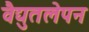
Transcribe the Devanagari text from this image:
वैद्युतलेपन